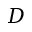
D